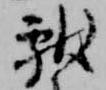
献